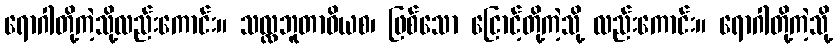
ရောဂါတို့ကဲ့သို့လည်းကောင်း။ သလ္လဘူတာဝိယစ၊ ဖြစ်သော ငြောင့်တို့ကဲ့သို့ လည်းကောင်း။ ရောဂါတို့ကဲ့သို့